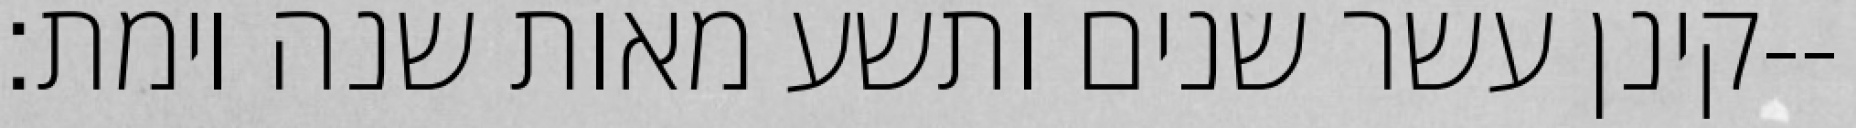
קינן עשר שנים ותשע מאות שנה וימת׃--